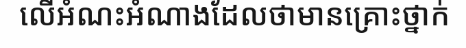
លើអំណះអំណាងដែលថាមានគ្រោះថ្នាក់